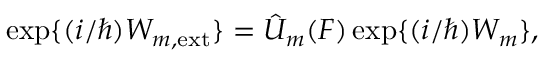
\mathrm { e x p } \{ ( i / \hbar ) W _ { m , \mathrm { e x t } } \} = \hat { U } _ { m } ( F ) \, \mathrm { e x p } \{ ( i / \hbar ) W _ { m } \} ,